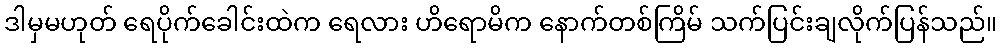
ဒါမှမဟုတ် ရေပိုက်ခေါင်းထဲက ရေလား ဟိရောမိက နောက်တစ်ကြိမ် သက်ပြင်းချလိုက်ပြန်သည်။